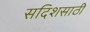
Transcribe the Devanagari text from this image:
सदिशसाठी